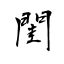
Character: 閨